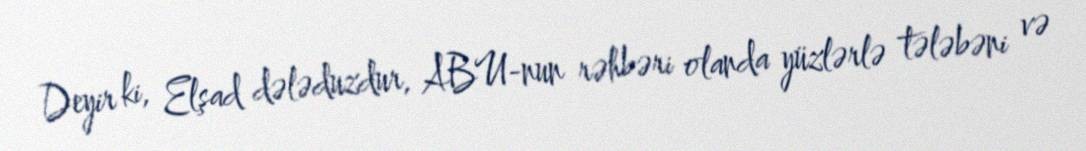
Deyir ki, Elşad dələduzdur, ABU-nun rəhbəri olanda yüzlərlə tələbəni və